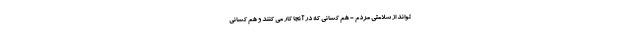
تواند از سلامتی مردم - هم کسانی که در آنجا کار می کنند و هم کسانی